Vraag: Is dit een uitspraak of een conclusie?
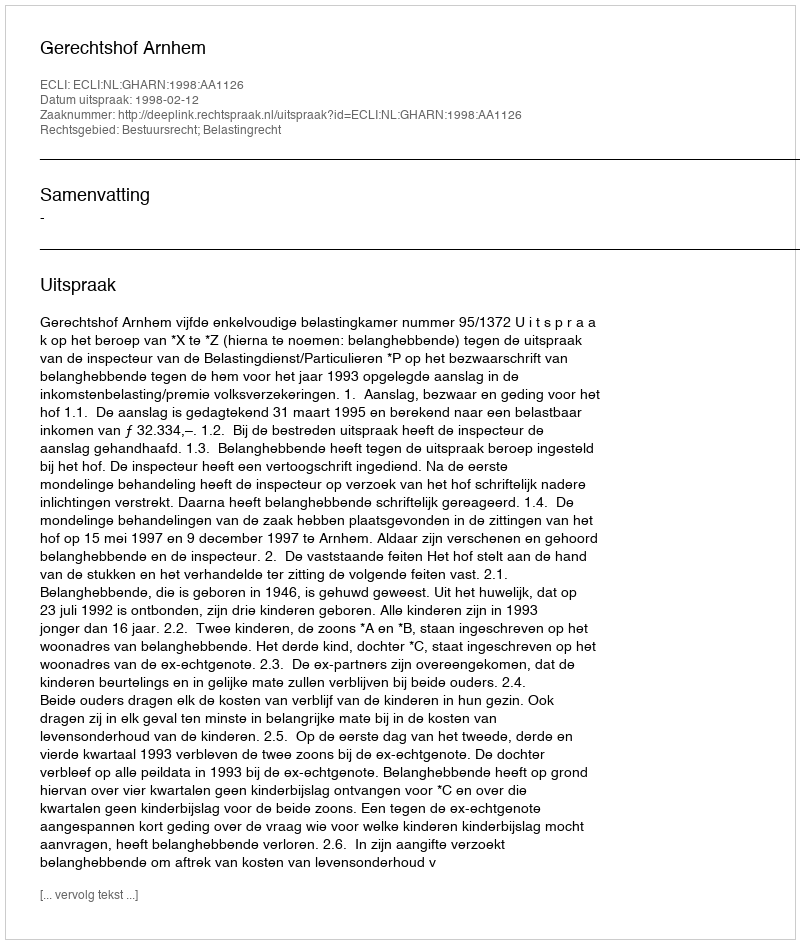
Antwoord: Uitspraak